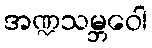
အဏ္ဍသမ္ဘဝေါ